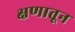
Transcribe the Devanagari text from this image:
क्षणातून